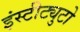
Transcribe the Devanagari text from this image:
इंस्टीट्युटो